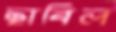
ছাবিল